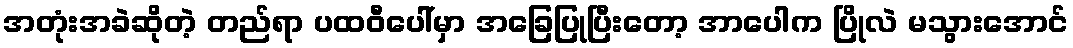
အတုံးအခဲဆိုတဲ့ တည်ရာ ပထဝီပေါ်မှာ အခြေပြုပြီးတော့ အာပေါက ပြိုလဲ မသွားအောင်